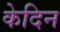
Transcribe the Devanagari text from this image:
केदिन